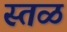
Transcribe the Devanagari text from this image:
स्तळ